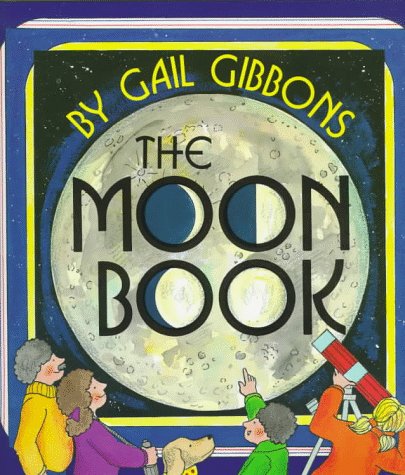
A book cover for The Moon Book; Gail Gibbons; Children's Books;